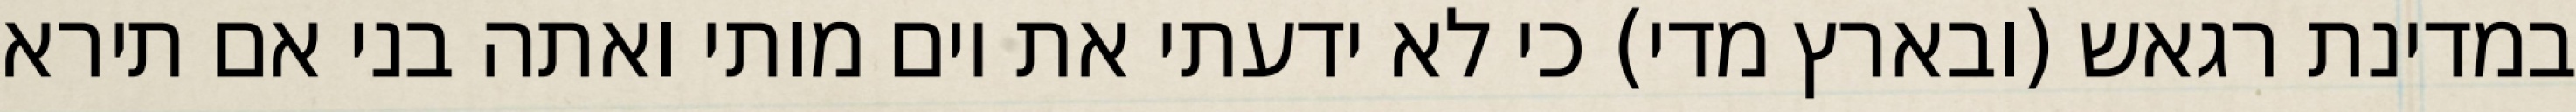
במדינת רגאש (ובארץ מדי) כי לא ידעתי את יום מותי ואתה בני אם תירא